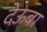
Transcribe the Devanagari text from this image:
देऊबा